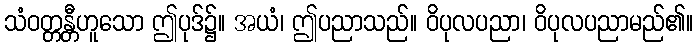
သံဝတ္တန္တီဟူသော ဤပုဒ်၌။ အယံ၊ ဤပညာသည်။ ဝိပုလပညာ၊ ဝိပုလပညာမည်၏။